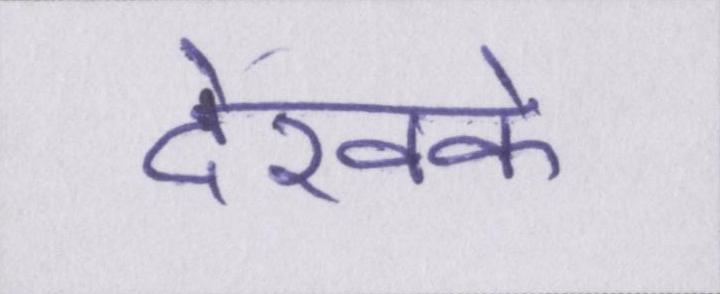
देखके